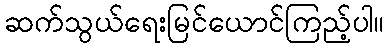
ဆက်သွယ်ရေးမြင်ယောင်ကြည့်ပါ။